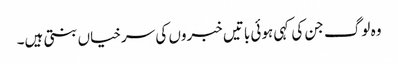
وہ لوگ جن کی کہی ہوئی باتیں خبروں کی سرخیاں بنتی ہیں۔